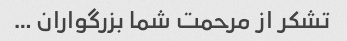
تشکر از مرحمت شما بزرگواران …